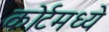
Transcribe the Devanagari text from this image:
कोर्टमध्ये